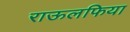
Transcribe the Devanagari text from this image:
राऊलफिया